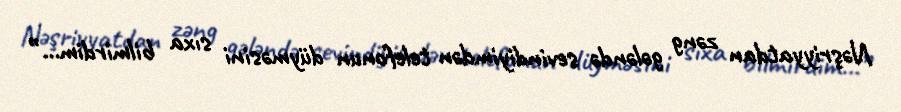
Nəşriyyatdan zəng gələndə sevindiyimdən telefonun düyməsini sıxa bilmirdim...”